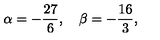
\alpha = - \frac { 2 7 } { 6 } , \quad \beta = - \frac { 1 6 } { 3 } ,